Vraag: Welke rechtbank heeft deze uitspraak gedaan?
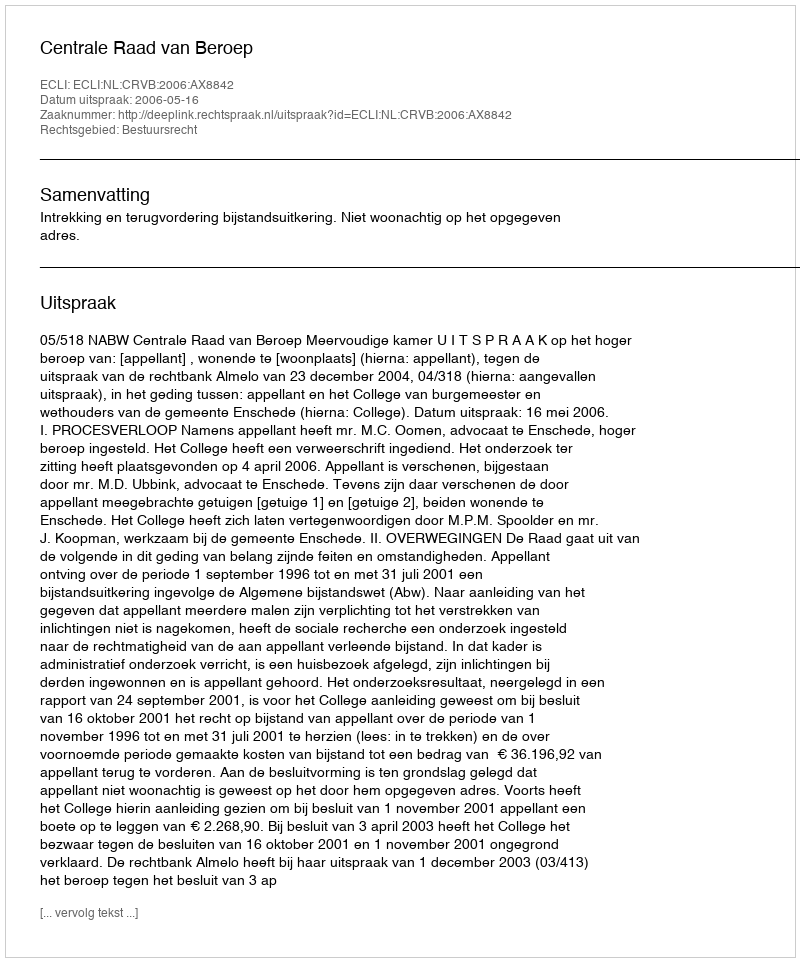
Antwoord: Centrale Raad van Beroep